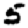
Digit: 5